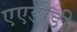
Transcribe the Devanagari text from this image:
एएडीडी